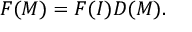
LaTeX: F ( M ) = F ( I ) D ( M ) .